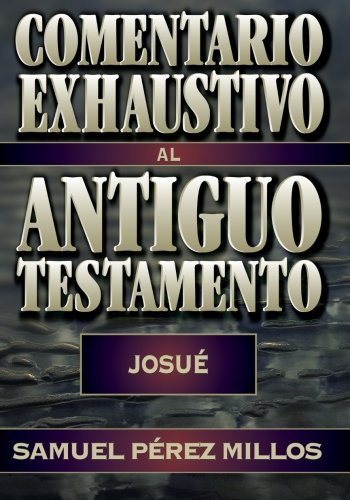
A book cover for Comentario exhaustivo al Antiguo Testamento (Spanish Edition); Samuel PÃ©rez Millos; Christian Books & Bibles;